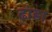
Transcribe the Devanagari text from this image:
ढांडा